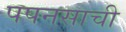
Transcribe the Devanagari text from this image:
पपनसाची